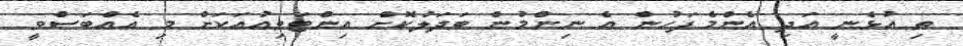
ތި އުޅެނީ އަދި އެންމެފަހުން އެ ނިންމުން ބަދަލުކޮށް އިންޓަވިއުއަކަށް މި އެއްބަސްވީ